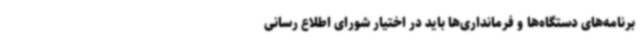
برنامه‌های دستگاه‌ها و فرمانداری‌ها باید در اختیار شورای اطلاع رسانی